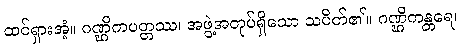
ထင်ရှားအံ့။ ဂဏ္ဌိကပတ္တဿ၊ အဖွဲ့အတုပ်ရှိသော သပိတ်၏။ ဂဏ္ဌိကန္တရေ၊